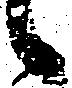
々